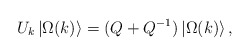
\begin{align*}U_{k}\left| \Omega (k)\right\rangle =(Q+Q^{-1})\left| \Omega(k)\right\rangle, \end{align*}